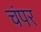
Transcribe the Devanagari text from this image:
चंपर